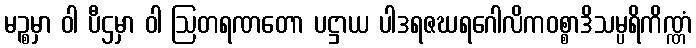
မဉ္စမှာ ဝါ ပီဌမှာ ဝါ ဩတရဏတော ပဋ္ဌာယ ပါဒရဇဃရဂေါလိကဝစ္စာဒိသမ္ပရိကိဏ္ဏံ